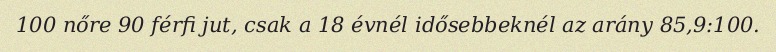
100 nőre 90 férfi jut, csak a 18 évnél idősebbeknél az arány 85,9:100.